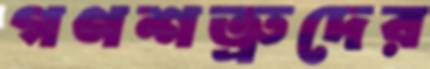
গণশত্রুদের